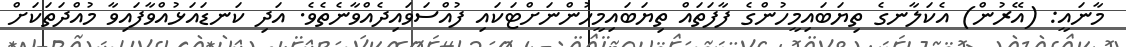
މާނައީ: (އޭރުން) އެކަލާނގެ ތިޔަބައިމީހުންގެ ފާފަތައް ތިޔަބައިމީހުންނަށްޓަކައި ފުއްސަވައިދެއްވާނެތެވެ. އަދި ކަނޑައަޅުއްވާފައިވާ މުއްދަތަކަށް